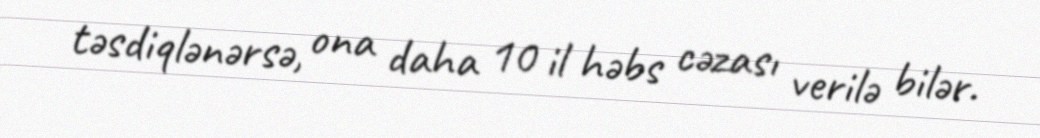
təsdiqlənərsə, ona daha 10 il həbs cəzası verilə bilər.